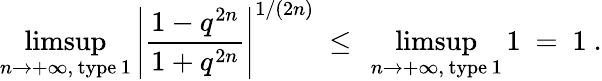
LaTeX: \operatorname*{limsup}_{n\to+\infty,\, \mathrm{type\, 1}}\left|\frac{1-q^{2n}}{1+q^{2n}}\right|^{1/(2n)}\ \le\ \operatorname*{limsup}_{n\to+\infty,\, \mathrm{type\, 1}}1\ =\ 1\ .